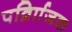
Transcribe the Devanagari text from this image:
पर्व्राािजक